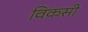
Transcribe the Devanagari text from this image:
विकसी